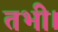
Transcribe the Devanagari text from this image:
तभी।